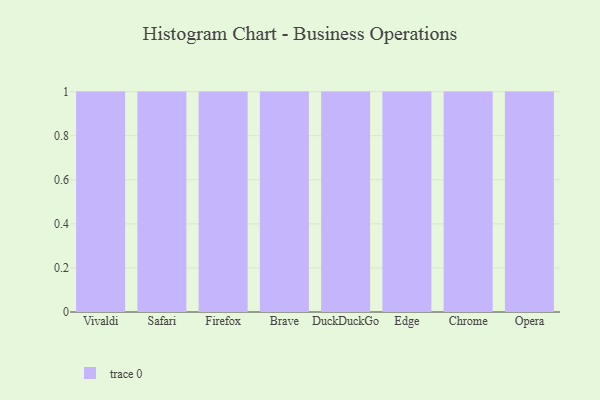
{"axis": {"x": "Browser", "y": "Satisfaction Score"}, "legend": [""], "data": [{"x": "Vivaldi", "y": 37, "type": ""}, {"x": "Safari", "y": 73, "type": ""}, {"x": "Firefox", "y": 89, "type": ""}, {"x": "Brave", "y": 66, "type": ""}, {"x": "DuckDuckGo", "y": 45, "type": ""}, {"x": "Edge", "y": 75, "type": ""}, {"x": "Chrome", "y": 1, "type": ""}, {"x": "Opera", "y": 89, "type": ""}]}